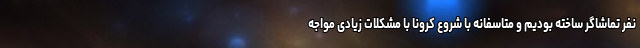
نفر تماشاگر ساخته بودیم و متاسفانه با شروع کرونا با مشکلات زیادی مواجه